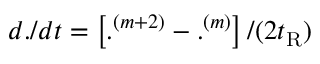
d . / d t = \left[ . ^ { ( m + 2 ) } - . ^ { ( m ) } \right] / ( 2 t _ { \mathrm { R } } )